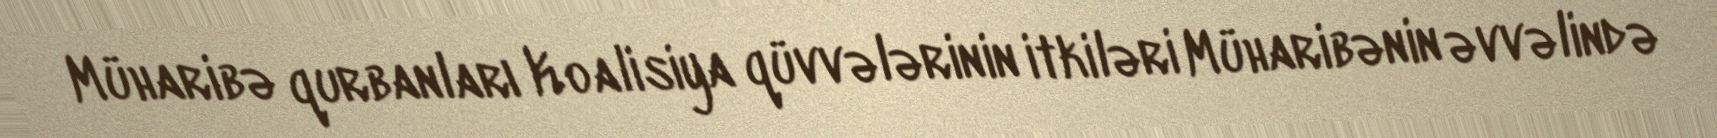
Müharibə qurbanları Koalisiya qüvvələrinin itkiləri Müharibənin əvvəlində